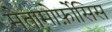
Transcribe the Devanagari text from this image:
मेतामोर्फ़ोसिस